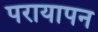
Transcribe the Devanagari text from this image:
परायापन